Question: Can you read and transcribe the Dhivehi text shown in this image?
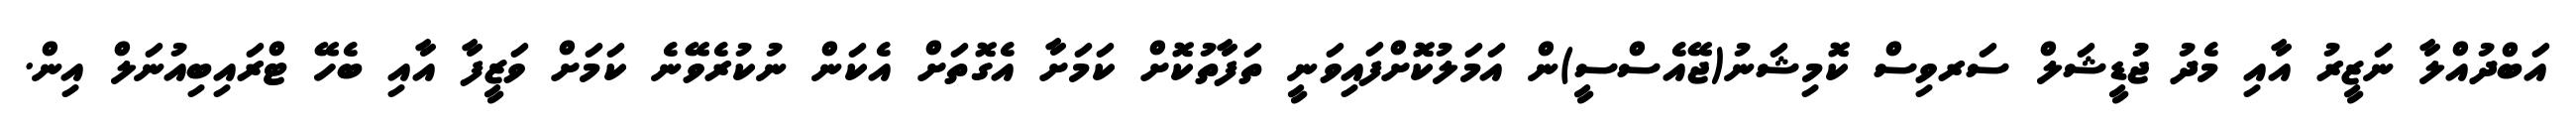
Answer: އަބްދުއްލާ ނަޒީރު އާއި މެދު ޖުޑީޝަލް ސަރވިސް ކޮމިޝަނު(ޖޭއެސްސީ)ން އަމަލުކޮށްފައިވަނީ ތަފާތުކޮށް ކަމަށާ އެގޮތަށް އެކަން ނުކުރެވޭނެ ކަމަށް ވަޒީފާ އާއި ބެހޭ ޓްރައިބިއުނަލް އިން.